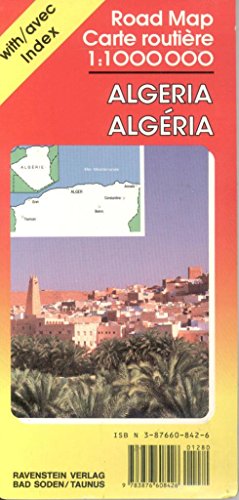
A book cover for Algeria International Road Map with Index 1:1,000,000; Ravenstein Verlag; Travel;